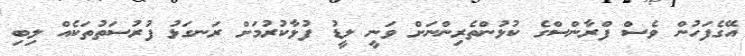
އޭގެފަހުން ވެސް ފްރާންސްގެ ކުޅުންތެރިންނަށް ވަނީ ލީޑު ފުޅާކުރުމަށް ރަނގަޅު ފުރުސަތުތަކެއް ލިބި